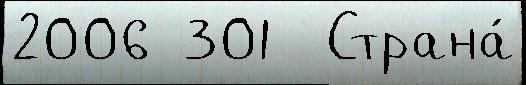
2006 301  Страна́